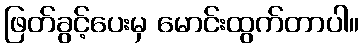
ဖြတ်ခွင့်ပေးမှ မောင်းထွက်တာပါ။